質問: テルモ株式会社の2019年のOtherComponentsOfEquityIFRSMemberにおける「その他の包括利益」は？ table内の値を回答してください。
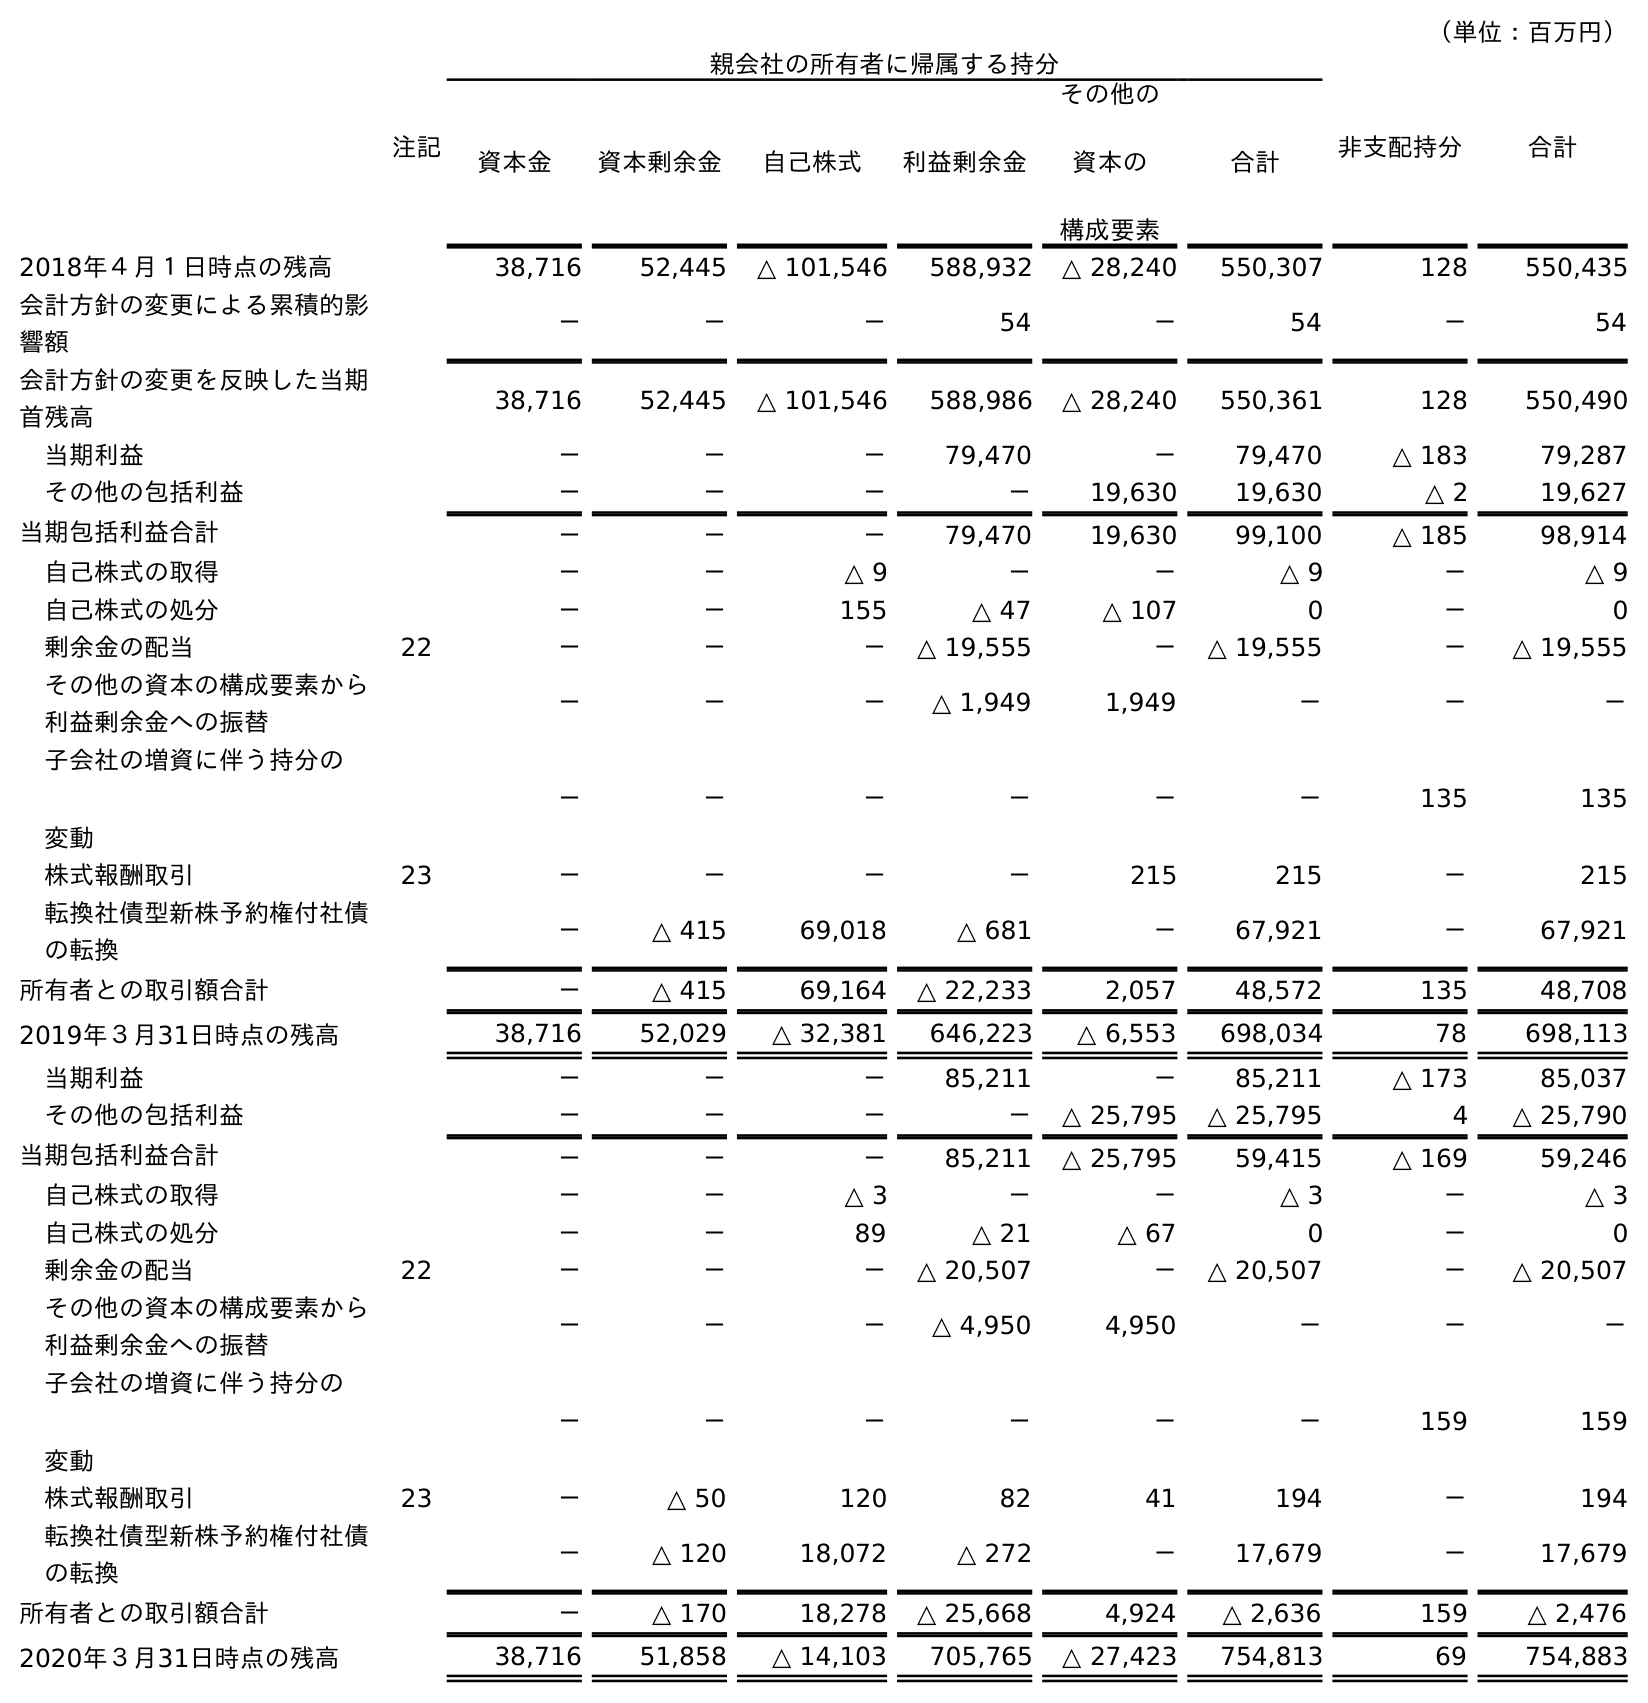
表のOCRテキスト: （単位：百万円） 注記 親会社の所有者に帰属する持分 非支配持分 合計 資本金 資本剰余金 自己株式 利益剰余金 その他の 資本の 構成要素 合計 2018年４月１日時点の残高 38,716 52,445 △ 101,546 588,932 △ 28,240 550,307 128 550,435 会計方針の変更による累積的影 響額 － － － 54 － 54 － 54 会計方針の変更を反映した当期 首残高 38,716 52,445 △ 101,546 588,986 △ 28,240 550,361 128 550,490 当期利益 － － － 79,470 － 79,470 △ 183 79,287 その他の包括利益 － － － － 19,630 19,630 △ 2 19,627 当期包括利益合計 － － － 79,470 19,630 99,100 △ 185 98,914 自己株式の取得 － － △ 9 － － △ 9 － △ 9 自己株式の処分 － － 155 △ 47 △ 107 0 － 0 剰余金の配当 22 － － － △ 19,555 － △ 19,555 － △ 19,555 その他の資本の構成要素から 利益剰余金への振替 － － － △ 1,949 1,949 － － － 子会社の増資に伴う持分の 変動 － － － － － － 135 135 株式報酬取引 23 － － － － 215 215 － 215 転換社債型新株予約権付社債 の転換 － △ 415 69,018 △ 681 － 67,921 － 67,921 所有者との取引額合計 － △ 415 69,164 △ 22,233 2,057 48,572 135 48,708 2019年３月31日時点の残高 38,716 52,029 △ 32,381 646,223 △ 6,553 698,034 78 698,113 当期利益 － － － 85,211 － 85,211 △ 173 85,037 その他の包括利益 － － － － △ 25,795 △ 25,795 4 △ 25,790 当期包括利益合計 － － － 85,211 △ 25,795 59,415 △ 169 59,246 自己株式の取得 － － △ 3 － － △ 3 － △ 3 自己株式の処分 － － 89 △ 21 △ 67 0 － 0 剰余金の配当 22 － － － △ 20,507 － △ 20,507 － △ 20,507 その他の資本の構成要素から 利益剰余金への振替 － － － △ 4,950 4,950 － － － 子会社の増資に伴う持分の 変動 － － － － － － 159 159 株式報酬取引 23 － △ 50 120 82 41 194 － 194 転換社債型新株予約権付社債 の転換 － △ 120 18,072 △ 272 － 17,679 － 17,679 所有者との取引額合計 － △ 170 18,278 △ 25,668 4,924 △ 2,636 159 △ 2,476 2020年３月31日時点の残高 38,716 51,858 △ 14,103 705,765 △ 27,423 754,813 69 754,883
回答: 19,630